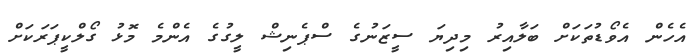
އެހެން އެވޯޑުތަކަށް ބަލާއިރު މިދިޔަ ސީޒަނުގެ ސްޕެނިޝް ލީގުގެ އެންމެ މޮޅު ގޯލްކީޕަރަކަށް